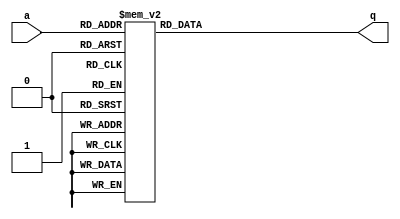
module top_module (
    input [2:0] a,
    output [15:0] q ); 
	
    always @(*) begin
        case(a)
            3'b000:q<=16'h1232;
            3'b001:q<=16'haee0;
            3'b010:q<=16'h27d4;
            3'b011:q<=16'h5a0e;
            3'b100:q<=16'h2066;
            3'b101:q<=16'h64ce;
            3'b110:q<=16'hc526;
            3'b111:q<=16'h2f19;
        endcase
    end
endmodule